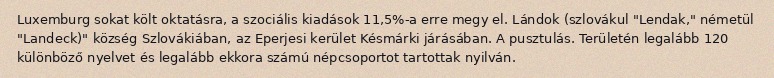
Luxemburg sokat költ oktatásra, a szociális kiadások 11,5%-a erre megy el. Lándok (szlovákul "Lendak," németül "Landeck)" község Szlovákiában, az Eperjesi kerület Késmárki járásában. A pusztulás. Területén legalább 120 különböző nyelvet és legalább ekkora számú népcsoportot tartottak nyilván.